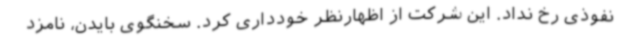
نفوذی رخ نداد. این شرکت از اظهارنظر خودداری کرد. سخنگوی بایدن، نامزد